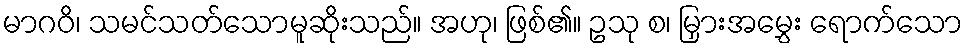
မာဂဝိ၊ သမင်သတ်သောမူဆိုးသည်။ အဟု၊ ဖြစ်၏။ ဥသု စ၊ မြှားအမွှေး ရောက်သော